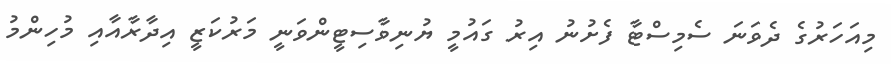
މިއަހަރުގެ ދެވަނަ ސެމިސްޓާ ފެށުނު އިރު ގައުމީ ޔުނިވާސިޓީންވަނީ މަރުކަޒީ އިދާރާއާއި މުހިންމު